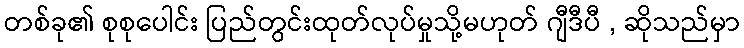
တစ်ခု၏ စုစုပေါင်း ပြည်တွင်းထုတ်လုပ်မှုသို့မဟုတ် ဂျီဒီပီ , ဆိုသည်မှာ